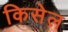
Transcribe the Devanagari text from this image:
किसेल